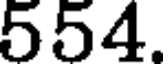
554.